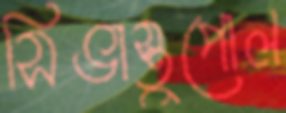
সিভাস্তুপোল